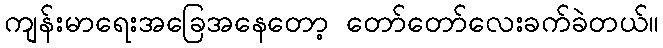
ကျန်းမာရေးအခြေအနေတော့ တော်တော်လေးခက်ခဲတယ်။